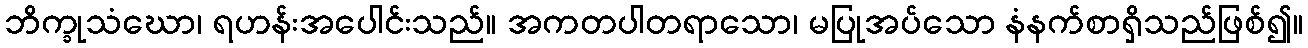
ဘိက္ခုသံဃော၊ ရဟန်းအပေါင်းသည်။ အကတပါတရာသော၊ မပြုအပ်သော နံနက်စာရှိသည်ဖြစ်၍။